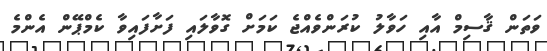
ވަތަން ޤާސިމް އާއި ހަވާލު ކުރަންވެއްޖެ ކަމަށް ގޮވާލައި ފަށާފައިވާ ކެމްޕޭން އެންމެ